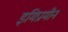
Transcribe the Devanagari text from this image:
इमिप्रामीन